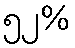
၅၂%